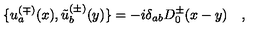
\{ u _ { a } ^ { ( \mp ) } ( x ) , \tilde { u } _ { b } ^ { ( \pm ) } ( y ) \} = - i \delta _ { a b } D _ { 0 } ^ { \pm } ( x - y ) \quad ,